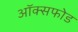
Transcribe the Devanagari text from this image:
ऑक्सफोड